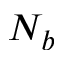
N _ { b }